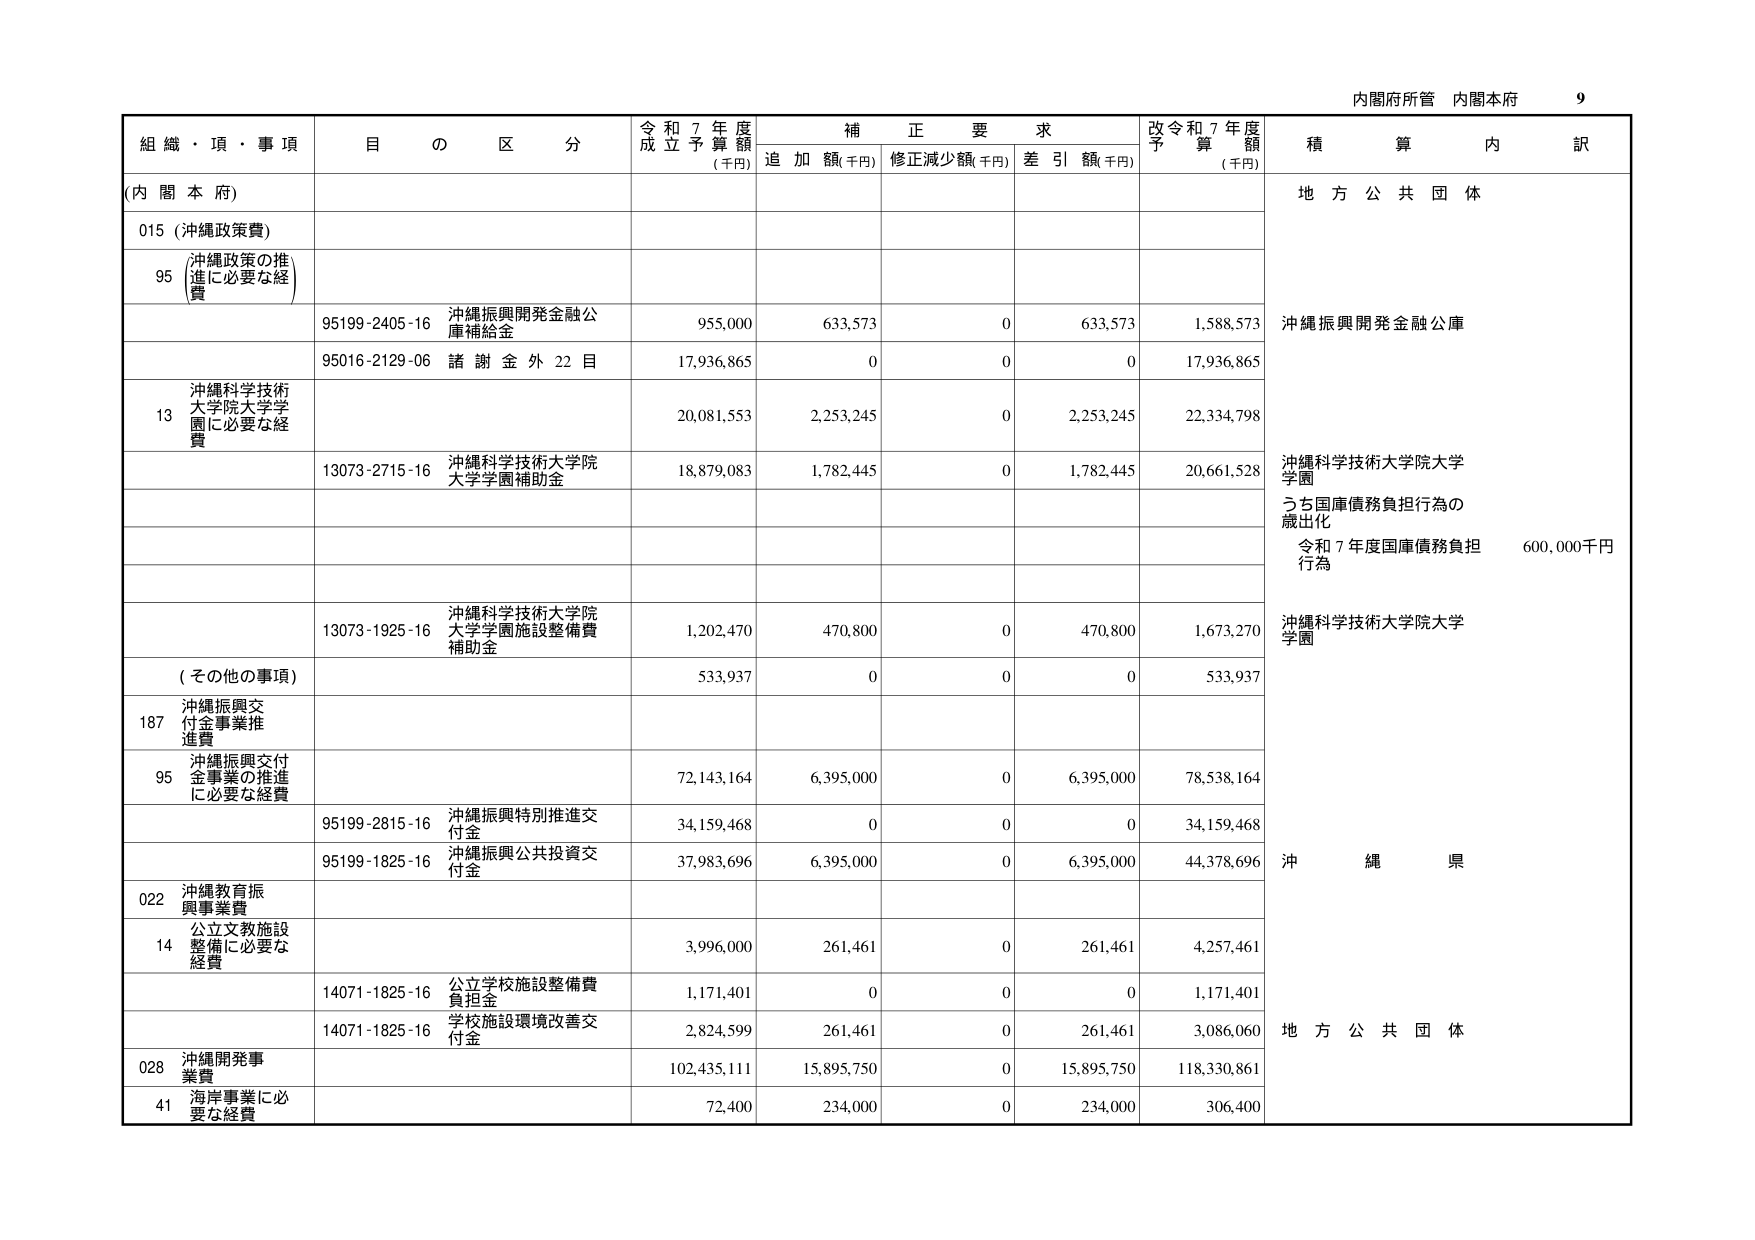
内閣府所管 内閣本府 9
組織・項・事項 目の区分 令和7年度成立予算額(千円) 補正要求 追加額(千円) 修正減少額(千円) 差引額(千円) 改令和7年度予算額(千円) 積算内訳
(内閣本府) 地方公共団体
015 (沖縄政策費)
95 沖縄政策の推進に必要な経費
95199-2405-16 沖縄振興開発金融公庫補給金 955,000 633,573 0 633,573 1,588,573 沖縄振興開発金融公庫
95016-2129-06 諸謝金外22目 17,936,865 0 0 0 17,936,865
13 沖縄科学技術大学院大学学園に必要な経費 20,081,553 2,253,245 0 2,253,245 22,334,798
13073-2715-16 沖縄科学技術大学院大学学園補助金 18,879,083 1,782,445 0 1,782,445 20,661,528 沖縄科学技術大学院大学学園
うち国庫債務負担行為の歳出化
令和7年度国庫債務負担行為 600,000千円
13073-1925-16 沖縄科学技術大学院大学学園施設整備費補助金 1,202,470 470,800 0 470,800 1,673,270 沖縄科学技術大学院大学学園
(その他の事項) 533,937 0 0 0 533,937
187 沖縄振興交付金事業推進費
95 沖縄振興交付金事業の推進に必要な経費 72,143,164 6,395,000 0 6,395,000 78,538,164
95199-2815-16 沖縄振興特別推進交付金 34,159,468 0 0 0 34,159,468
95199-1825-16 沖縄振興公共投資交付金 37,983,696 6,395,000 0 6,395,000 44,378,696 沖縄県
022 沖縄教育振興事業費
14 公立文教施設整備に必要な経費 3,996,000 261,461 0 261,461 4,257,461
14071-1825-16 公立学校施設整備費負担金 1,171,401 0 0 0 1,171,401
14071-1825-16 学校施設環境改善交付金 2,824,599 261,461 0 261,461 3,086,060 地方公共団体
028 沖縄開発事業費
41 海岸事業に必要な経費 102,435,111 15,895,750 0 15,895,750 118,330,861
72,400 234,000 0 234,000 306,400